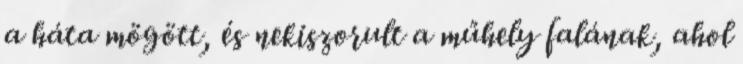
a háta mögött, és nekiszorult a műhely falának, ahol